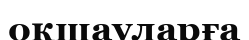
оқшауларға